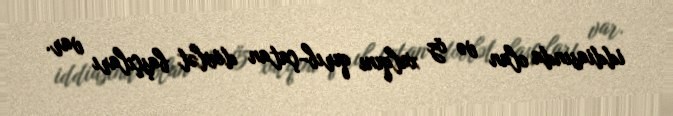
iddiasında olan və öz xalqını qırıb-çatan dövlət başçıları var.